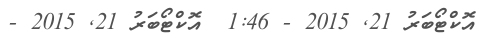
އޮކްޓޯބަރު 21